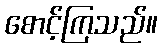
စောင့်ကြသည်။